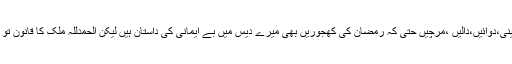
اور پھرکیا ہو ا جودودھ ،گوشت، آٹا چینی،دوائیں،دالیں ،مرچیں حتیٰ کہ رمضان کی کھجوریں بھی میرے دیس میں بے ایمانی کی داستان ہیں لیکن الحمدللہ ملک کا قانون تو اسلامی ہے ناں اوریہی بات کافی ہے۔